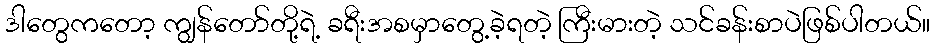
ဒါတွေကတော့ ကျွန်တော်တို့ရဲ့ ခရီးအစမှာတွေ့ခဲ့ရတဲ့ ကြီးမားတဲ့ သင်ခန်းစာပဲဖြစ်ပါတယ်။